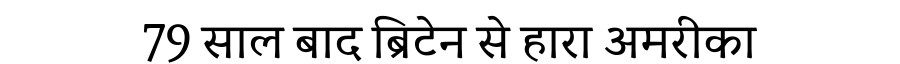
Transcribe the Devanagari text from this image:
79 साल बाद ब्रिटेन से हारा अमरीका